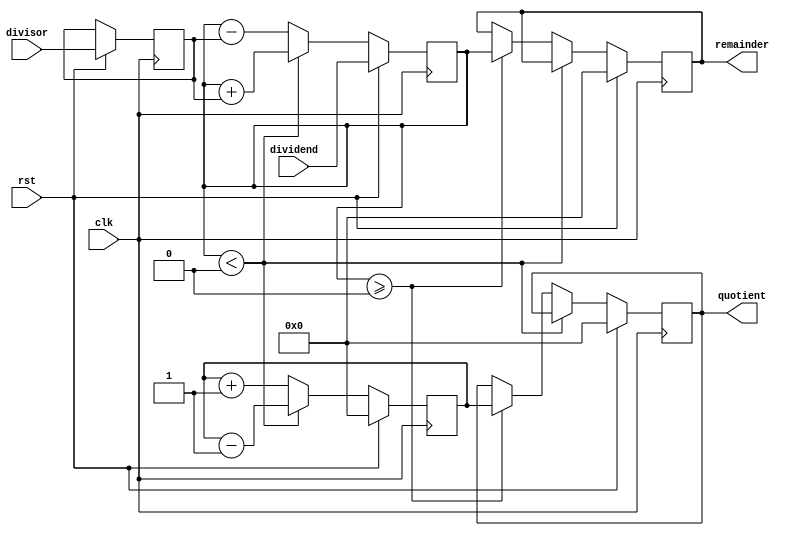
module Pipelined_Divider (
    input wire clk,
    input wire rst,
    input wire [15:0] dividend,
    input wire [15:0] divisor,
    output reg [15:0] quotient,
    output reg [15:0] remainder
);

reg [15:0] partial_quotient;
reg [15:0] partial_remainder;
reg [15:0] partial_divisor;

always @ (posedge clk) begin
    if (rst) begin
        partial_quotient <= 16'd0;
        partial_remainder <= dividend;
        partial_divisor <= divisor;
        quotient <= 16'd0;
        remainder <= 16'd0;
    end else begin
        partial_quotient <= partial_quotient + 1;
        partial_remainder <= partial_remainder - partial_divisor;

        if (partial_remainder < 0) begin
            partial_remainder <= partial_remainder + partial_divisor;
            partial_quotient <= partial_quotient - 1;
        end else if (partial_remainder >= 0) begin
            remainder <= partial_remainder;
            quotient <= partial_quotient;
        end
    end
end

endmodule